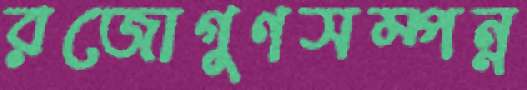
রজোগুণসম্পন্ন